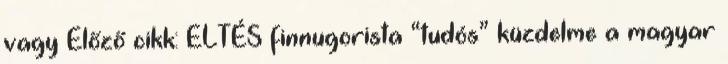
vagy Előző cikk: ELTÉS finnugorista “tudós” küzdelme a magyar